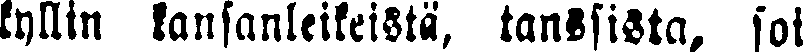
kyllin kansanleikeistä, tanssista, soi